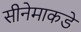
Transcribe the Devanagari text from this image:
सीनेमाकडे